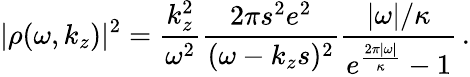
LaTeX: |\rho(\omega,k_{z})|^{2}=\frac{k_{z}^{2}}{\omega^{2}}\frac{2\pi s^{2}e^{2}}{(\omega-k_{z}s)^{2}}\frac{|\omega|/\kappa}{e^{\frac{2\pi|\omega|}{\kappa}}-1}\, .